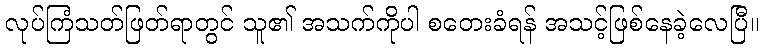
လုပ်ကြံသတ်ဖြတ်ရာတွင် သူ၏ အသက်ကိုပါ စတေးခံရန် အသင့်ဖြစ်နေခဲ့လေပြီ။